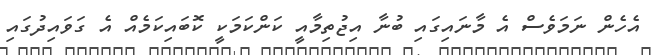
އެހެން ނަމަވެސް އެ މާނައިގައި ބުނާ އިޖުތިމާއީ ކަންކަމަކީ ކޮބައިކަމެއް އެ ގަވައިދުގައި